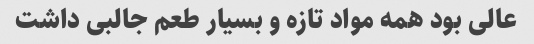
عالی بود همه مواد تازه و بسیار طعم جالبی داشت